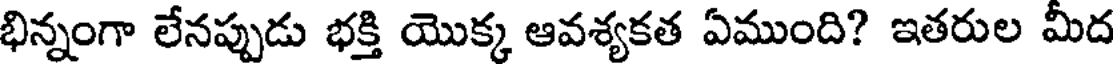
భిన్నంగా లేనప్పుడు భక్తి యొక్క ఆవశ్యకత ఏముంది? ఇతరుల మీద